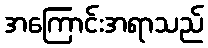
အကြောင်းအရာသည်